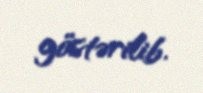
göstərilib.